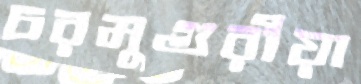
চরমুগুরীয়া